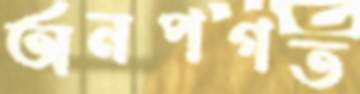
অনপগত